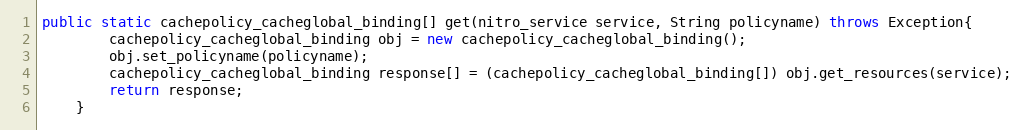
Language: Java
public static cachepolicy_cacheglobal_binding[] get(nitro_service service, String policyname) throws Exception{
		cachepolicy_cacheglobal_binding obj = new cachepolicy_cacheglobal_binding();
		obj.set_policyname(policyname);
		cachepolicy_cacheglobal_binding response[] = (cachepolicy_cacheglobal_binding[]) obj.get_resources(service);
		return response;
	}